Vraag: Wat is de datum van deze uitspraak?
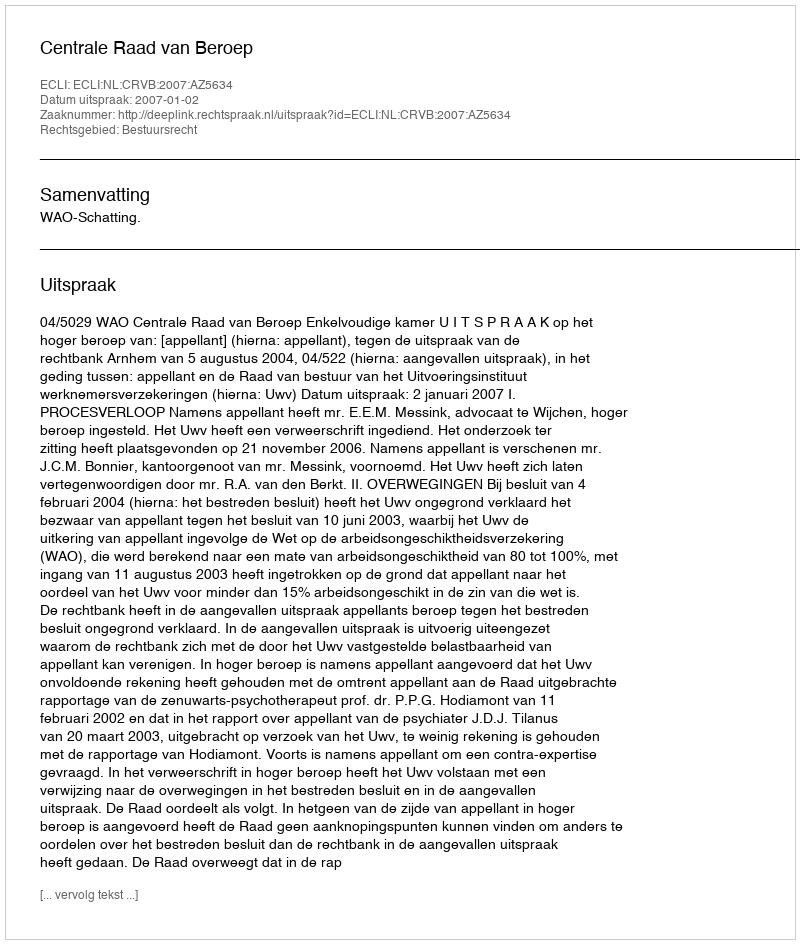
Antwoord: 2007-01-02